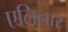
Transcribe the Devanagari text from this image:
एलिनार